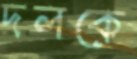
দলকে